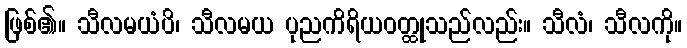
ဖြစ်၏။ သီလမယံပိ၊ သီလမယ ပုညကိရိယဝတ္ထုသည်လည်း။ သီလံ၊ သီလကို။